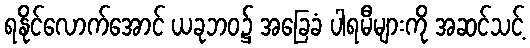
ရနိုင်လောက်အောင် ယခုဘဝ၌ အခြေခံ ပါရမီများကို အဆင်သင့်